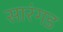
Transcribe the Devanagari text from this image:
सारंगड